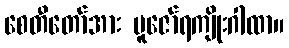
စေတီတော်အား ပူဇော်ရကျိုးဂါထာ။